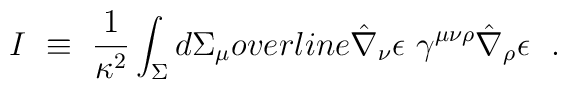
I~\equiv~\frac{1}{\kappa^{2}}\int_\Sigma d\Sigma_\mu\\overline{\hat{\nabla}_{\nu}\epsilon}\ \gamma^{\mu\nu\rho}\hat{\nabla}_{\rho}\epsilon\ \ .